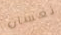
نعسان